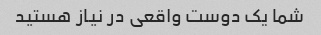
شما یک دوست واقعی در نیاز هستید